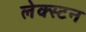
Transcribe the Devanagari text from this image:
लेक्स्टन